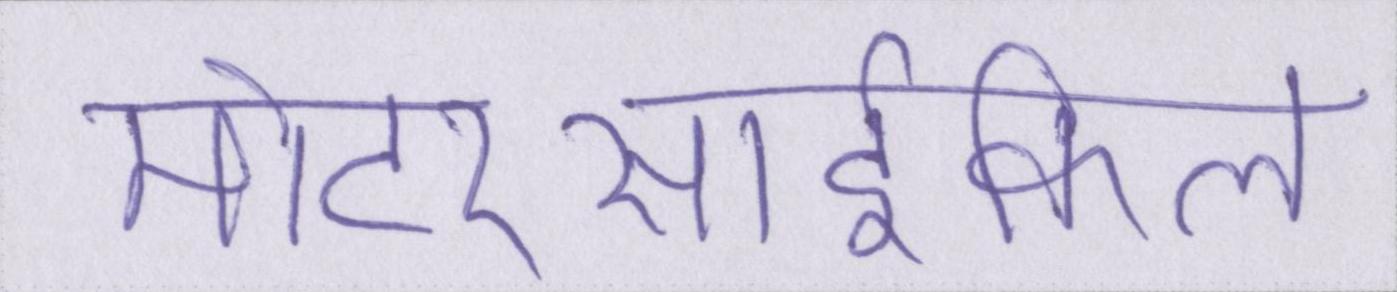
मोटरसार्इकिल